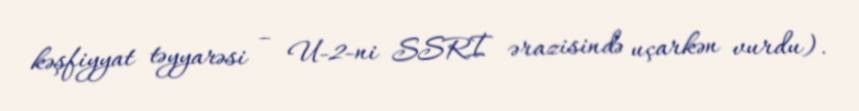
kəşfiyyat təyyarəsi – U-2-ni SSRİ ərazisində uçarkən vurdu).